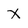
Character: X